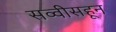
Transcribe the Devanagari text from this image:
सव्वीसहून